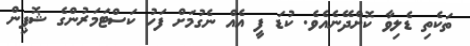
ތަކެތި ޑެލިވާ ކޮށްދޭނެއެވެ. ކުޑަ ފީ އެއް ނެގުމަށް ފަހު ކަސްޓަމަރުންގެ ޝޮޕިން